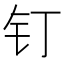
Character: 钉